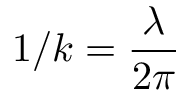
1 / k = \frac { \lambda } { 2 \pi }